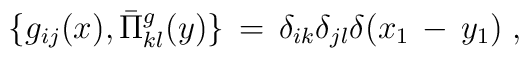
\{g_{ij}(x),\bar{\Pi}^{g}_{kl}(y)\}\,=\,\delta_{ik}\delta_{jl}\delta(x_{1}\,-\, y_{1}) \; ,